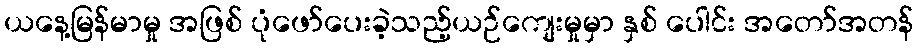
ယနေ့မြန်မာမှု အဖြစ် ပုံဖော်ပေးခဲ့သည့်ယဉ်ကျေးမှုမှာ နှစ် ပေါင်း အတော်အတန်